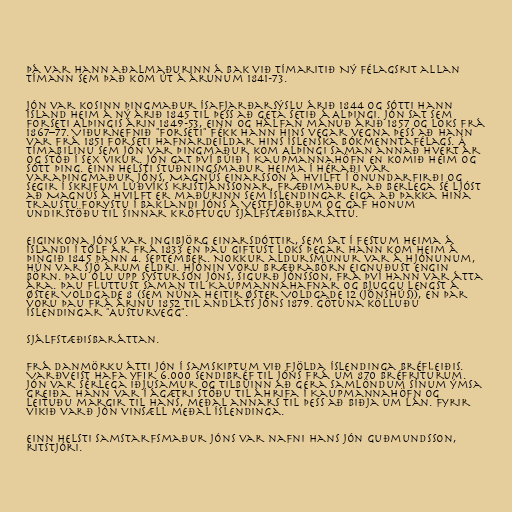
Þá var hann aðalmaðurinn á bak við tímaritið Ný félagsrit allan
tímann sem það kom út á árunum 1841-73.

Jón var kosinn þingmaður Ísafjarðarsýslu árið 1844 og sótti hann
Ísland heim á ný árið 1845 til þess að geta setið á Alþingi. Jón sat sem
forseti Alþingis árin 1849-53, einn og hálfan mánuð árið 1857 og loks frá
1867–77. Viðurnefnið "forseti" fékk hann hins vegar vegna þess að hann
var frá 1851 forseti Hafnardeildar Hins íslenska bókmenntafélags. Á
tímabilinu sem Jón var þingmaður kom Alþingi saman annað hvert ár
og stóð í sex vikur. Jón gat því búið í Kaupmannahöfn en komið heim og
sótt þing. Einn helsti stuðningsmaður heima í héraði var
varaþingmaður Jóns, Magnús Einarsson á Hvilft í Önundarfirði og
segir í skrifum Lúðvíks Kristjánssonar, fræðimaður, að berlega sé ljóst
að Magnús á Hvilft er maðurinn sem Íslendingar eiga að þakka hina
traustu forystu í baklandi Jóns á Vestfjörðum og gaf honum
undirstöðu til sinnar kröftugu sjálfstæðisbaráttu.

Eiginkona Jóns var Ingibjörg Einarsdóttir, sem sat í festum heima á
Íslandi í tólf ár frá 1833 en þau giftust loks þegar hann kom heim á
þingið 1845 þann 4. september. Nokkur aldursmunur var á hjónunum,
hún var sjö árum eldri. Hjónin voru bræðrabörn eignuðust engin
börn. Þau ólu upp systurson Jóns, Sigurð Jónsson, frá því hann var átta
ára. Þau fluttust saman til Kaupmannahafnar og bjuggu lengst á
Øster Voldgade 8 (sem núna heitir Øster Voldgade 12 (Jónshús)), en þar
voru þau frá árinu 1852 til andláts Jóns 1879. Götuna kölluðu
Íslendingar "Austurvegg".

Sjálfstæðisbaráttan.

Frá Danmörku átti Jón í samskiptum við fjölda Íslendinga bréfleiðis.
Varðveist hafa yfir 6.000 sendibréf til Jóns frá um 870 bréfriturum.
Jón var sérlega iðjusamur og tilbúinn að gera samlöndum sínum ýmsa
greiða. Hann var í ágætri stöðu til áhrifa í Kaupmannahöfn og
leituðu margir til hans, meðal annars til þess að biðja um lán. Fyrir
vikið varð Jón vinsæll meðal Íslendinga.

Einn helsti samstarfsmaður Jóns var nafni hans Jón Guðmundsson,
ritstjóri.